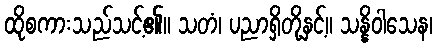
ထိုစကားသည်သင့်၏။ သတံ၊ ပညာရှိတို့နှင့်။ သန္နိဝါသေန၊